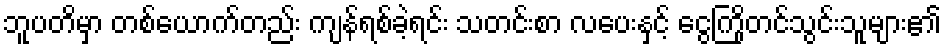
ဘူပတိမှာ တစ်ယောက်တည်း ကျန်ရစ်ခဲ့ရင်း သတင်းစာ လပေးနှင့် ငွေကြိုတင်သွင်းသူများ၏